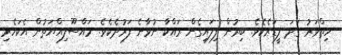
ހިތްވަރު ގަދަ ލީޑަރެކެވެ. ބިރުން ފިލައިގެން ރައްކާ ނުވާނެ ފަރުދެކެވެ. މައްސޫލިއްޔަތުން އެކަހެރި